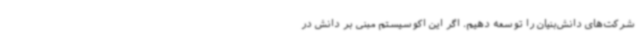
شرکت‌های دانش‌بنیان را توسعه دهیم. اگر این اکوسیستم مبنی بر دانش در